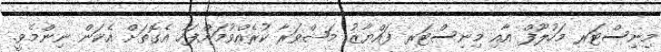
މިނިސްޓަރ މަހުލޫފް އާއި މިނިސްޓަރ ފައްޔާޒު މަޝްވަރާ ކުރެއްވުމަށްފަހު އެގޮތަށް އެކަން ނިންމެވީ.